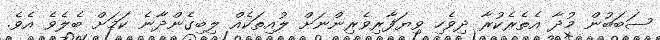
ސަބަބުން މުދާ އެތެރެކުރާ ދިވެހި ވިޔަފާރިވެރިންނަށް ލުއިތަކެއް ލިބިގެންދާނެ ކަމަށް ބެލެވެ އެވެ.